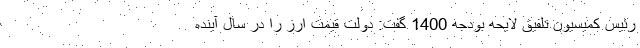
رئیس کمیسیون تلفیق لایحه بودجه 1400 گفت: دولت قیمت ارز را در سال آینده